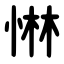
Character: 惏